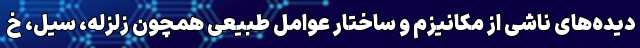
دیده‌های ناشی از مکانیزم و ساختار عوامل طبیعی همچون زلزله، سیل، خ